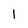
Character: 1